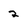
Character: 2